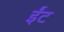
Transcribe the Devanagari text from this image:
र्इंट